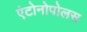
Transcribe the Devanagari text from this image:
एंटोनोपोलस